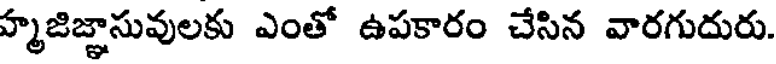
హ్మజిజ్ఞాసువులకు ఎంతో ఉపకారం చేసిన వారగుదురు.